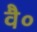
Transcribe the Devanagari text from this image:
वै०